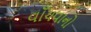
વાઁચવાનો